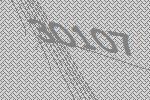
30107